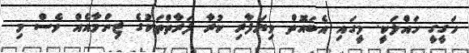
ހަގީގީ ހައްލަކީ. މީގައި އެބައޮތް ވިޔަފާރި ކުރާ ފަރާތްތަކުގެ ޒިންމާއެއް ވެސް މި